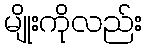
မျိုးကိုလည်း